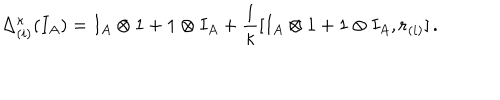
\Delta _ { ( i ) } ^ { \kappa } ( I _ { A } ) = I _ { A } \otimes 1 + 1 \otimes I _ { A } + \frac { 1 } { \kappa } [ I _ { A } \otimes 1 + 1 \otimes I _ { A } , { \bf r } _ { ( i ) } ] \, .